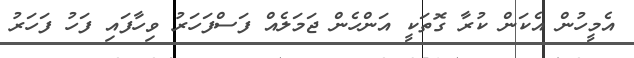
އެމީހުން އެކަން ކުރާ ގޮތަކީ އަންހެން ޖަމަލެއް ފަސްފަހަރު ވިހާފައި ފަހު ފަހަރު